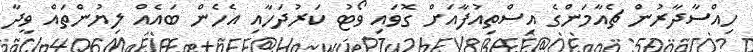
ހިއްސާދާރުން ޗެއާމަންގެ އިސްތިއުފާއަށް ގޮވައި ވޯޓު ކަރުދަހާއި އެހެން ބައެއް ލިޔުންތައް ވީދާ